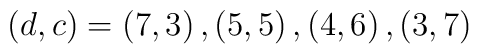
(d,c)=\left( 7,3\right) ,\left( 5,5\right) ,\left( 4,6\right) ,\left(3,7\right)